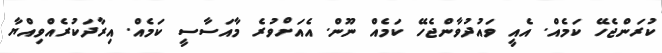
ކުރަންޖެހޭ ކަމެއް. އެއީ ވައުދުވާންޖެހޭ ކަމެއް ނޫން. އެއަށްވުރެ މާއަސާސީ ކަމެއް. އިރާދަކުރެއްވިއްޔާ